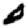
Digit: 0